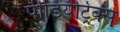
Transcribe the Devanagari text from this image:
पीडियैट्रिक्स